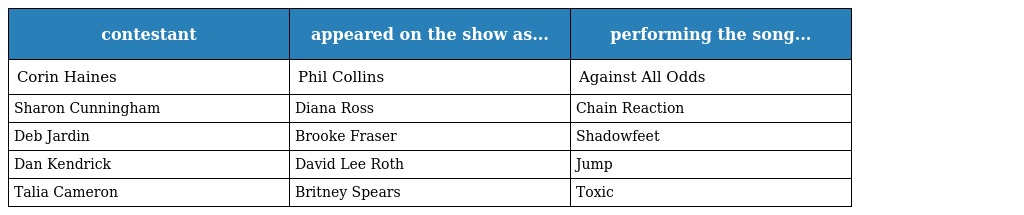
| contestant | appeared on the show as... | performing the song... |
 | --- | --- | --- |
 | Corin Haines | Phil Collins | Against All Odds |
 | Sharon Cunningham | Diana Ross | Chain Reaction |
 | Deb Jardin | Brooke Fraser | Shadowfeet |
 | Dan Kendrick | David Lee Roth | Jump |
 | Talia Cameron | Britney Spears | Toxic |